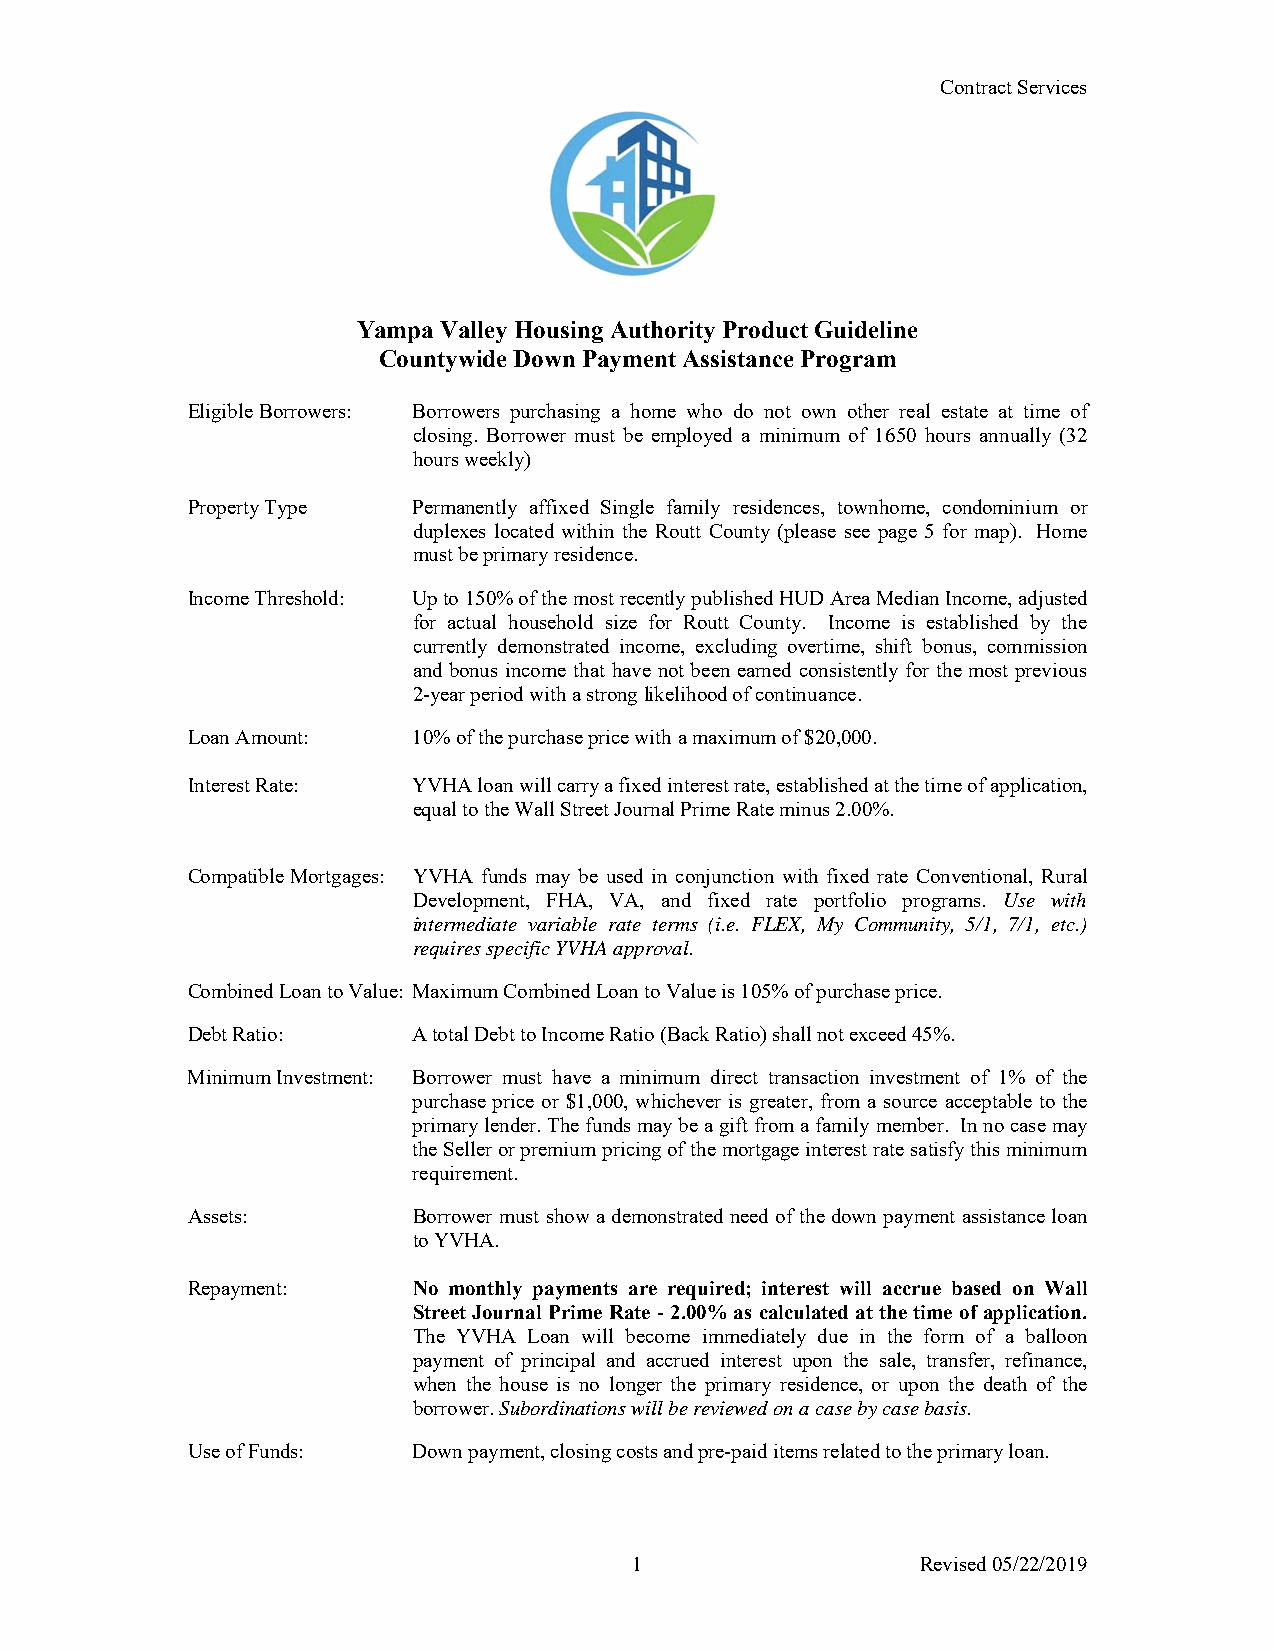
Contract Services
 Yampa Valley Housing Authority Product Guideline
 Countywide Down Payment Assistance Program
 Eligible Borrowers: Borrowers purchasing a home who do not own other real estate at time of
 closing. Borrower must be employed a minimum of 1650 hours annually (32
 hours weekly)
 Property Type  Permanently affixed Single family residences, townhome, condominium or
 duplexes located within the Routt County (please see page 5 for map). Home
 must be primary residence.
 Income Threshold: Up to 150% of the most recently published HUD Area Median Income, adjusted
 for actual household size for Routt County. Income is established by the
 currently demonstrated income, excluding overtime, shift bonus, commission
 and bonus income that have not been earned consistently for the most previous
 2-year period with a strong likelihood of continuance.
 Loan Amount:   10% of the purchase price with a maximum of $20,000.
 Interest Rate: YVHA loan will carry a fixed interest rate, established at the time of application,
 equal to the Wall Street Journal Prime Rate minus 2.00%.
 Compatible Mortgages: YVHA funds may be used in conjunction with fixed rate Conventional, Rural
 Development, FHA, VA, and fixed rate portfolio programs. Use with
 intermediate variable rate terms (i.e. FLEX, My Community, 5/1, 7/1, etc.)
 requires specific YVHA approval.
 Combined Loan to Value: Maximum Combined Loan to Value is 105% of purchase price.
 Debt Ratio:    A total Debt to Income Ratio (Back Ratio) shall not exceed 45%.
 Minimum Investment: Borrower must have a minimum direct transaction investment of 1% of the
 purchase price or $1,000, whichever is greater, from a source acceptable to the
 primary lender. The funds may be a gift from a family member. In no case may
 the Seller or premium pricing of the mortgage interest rate satisfy this minimum
 requirement.
 Assets:        Borrower must show a demonstrated need of the down payment assistance loan
 to YVHA.
 Repayment:     No monthly payments are required; interest will accrue based on Wall
 Street Journal Prime Rate - 2.00% as calculated at the time of application.
 The YVHA Loan will become immediately due in the form of a balloon
 payment of principal and accrued interest upon the sale, transfer, refinance,
 when the house is no longer the primary residence, or upon the death of the
 borrower. Subordinations will be reviewed on a case by case basis.
 Use of Funds:  Down payment, closing costs and pre-paid items related to the primary loan.
 1                  Revised 05/22/2019